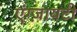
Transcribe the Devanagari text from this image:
एंग्ज़ायटी